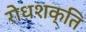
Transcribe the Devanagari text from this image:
रोधशक्ति